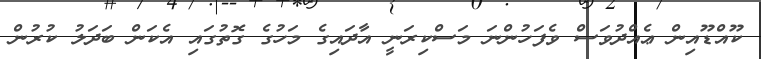
ކޫއްޑޫއިން ޢެއްދުވަސް ވެފަހުންނަ މަސްކިރަނީ އާދައިގެ މަހުގެ ގޮތުގައި އެކަން ބަދަލު ކުރުން